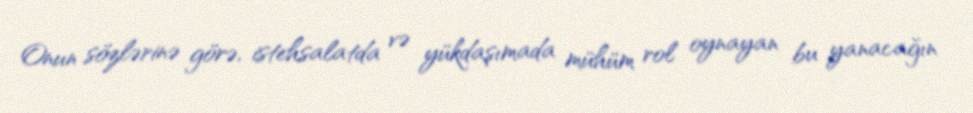
Onun sözlərinə görə, istehsalatda və yükdaşımada mühüm rol oynayan bu yanacağın